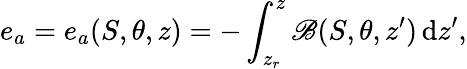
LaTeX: e_{a}=e_{a}(S,\theta,z)=-\int_{z_{r}}^{z}\mathscr{B}(S,\theta,z^{\prime})\, \mathrm{{d}}z^{\prime},